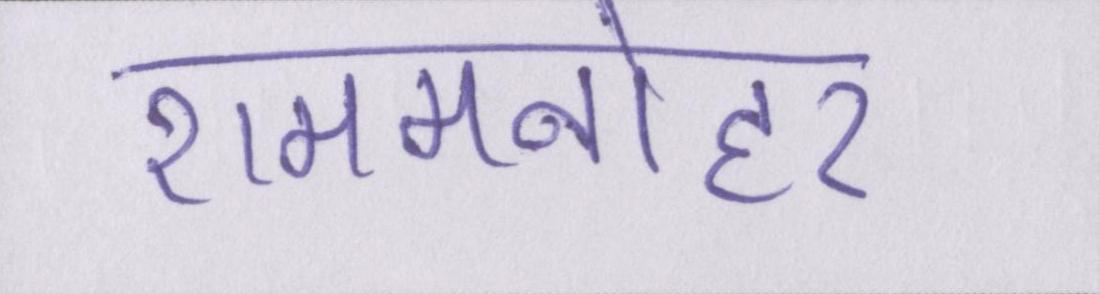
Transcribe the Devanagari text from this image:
राममनोहर